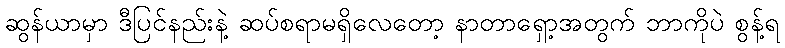
ဆွန်ယာမှာ ဒီပြင်နည်းနဲ့ ဆပ်စရာမရှိလေတော့ နာတာရှော့အတွက် ဘာကိုပဲ စွန့်ရ